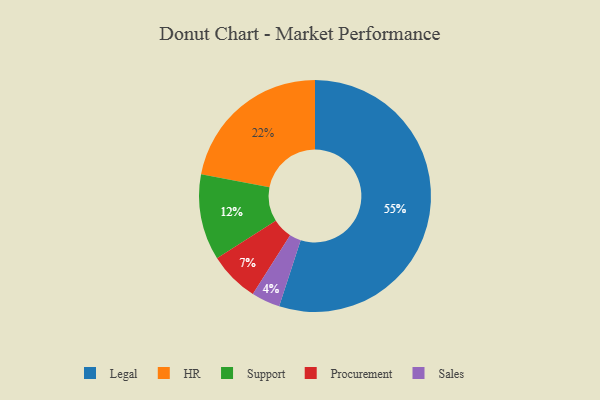
{"axis": {"x": "Category", "y": "Percentage"}, "legend": ["HR", "Legal", "Procurement", "Sales", "Support"], "data": [{"x": "Sales", "y": 4, "type": "Sales"}, {"x": "Support", "y": 12, "type": "Support"}, {"x": "Procurement", "y": 7, "type": "Procurement"}, {"x": "Legal", "y": 55, "type": "Legal"}, {"x": "HR", "y": 22, "type": "HR"}]}